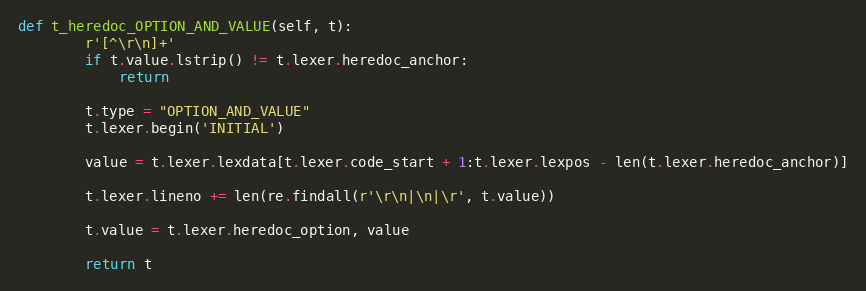
Language: Python
def t_heredoc_OPTION_AND_VALUE(self, t):
        r'[^\r\n]+'
        if t.value.lstrip() != t.lexer.heredoc_anchor:
            return

        t.type = "OPTION_AND_VALUE"
        t.lexer.begin('INITIAL')

        value = t.lexer.lexdata[t.lexer.code_start + 1:t.lexer.lexpos - len(t.lexer.heredoc_anchor)]

        t.lexer.lineno += len(re.findall(r'\r\n|\n|\r', t.value))

        t.value = t.lexer.heredoc_option, value

        return t